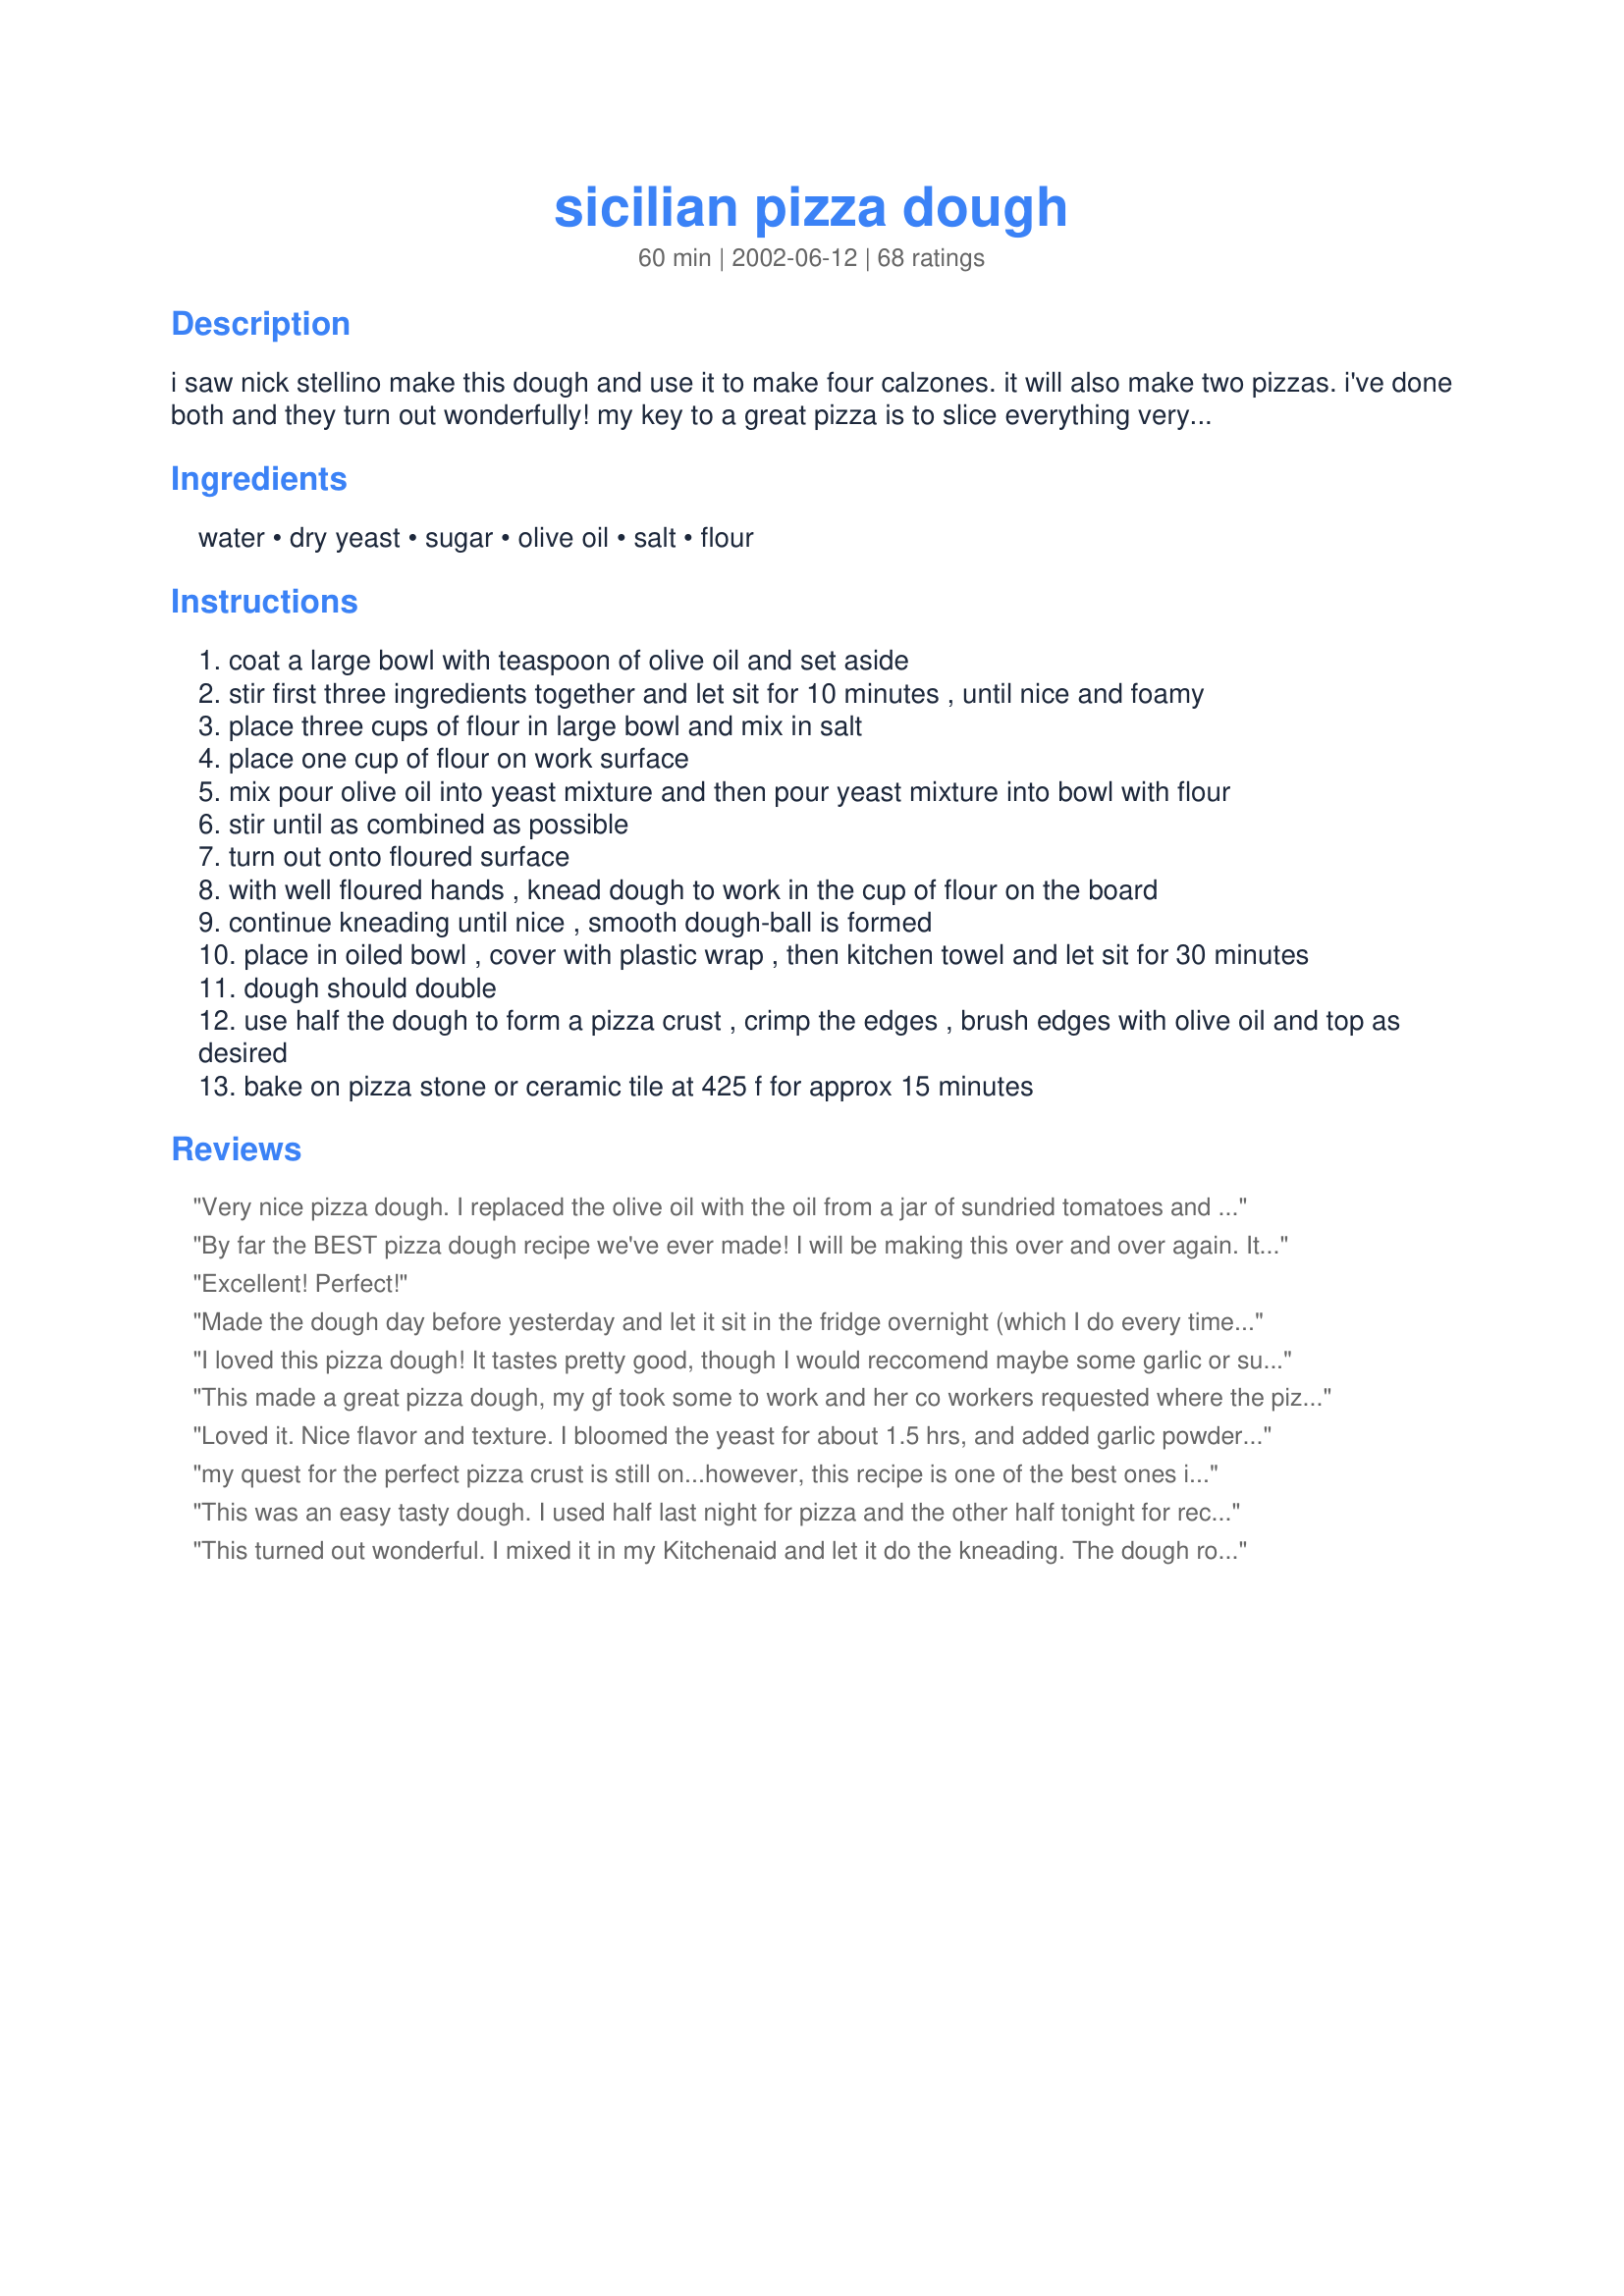
sicilian pizza dough
Preparation time: 60 minutes

i saw nick stellino make this dough and use it to make four calzones. it will also make two pizzas. i've done both and they turn out wonderfully! my key to a great pizza is to slice everything very thin and to not pile it on too thick. our usual pizza is feta, garlic, freshly grated parm, fresh spinach, toasted pine nuts, tomatoes, mushrooms, mozzarella, a drizzle of olive oil and salt and pepper. i highly recommend it!

Ingredients:
water, dry yeast, sugar, olive oil, salt, flour

Steps:
coat a large bowl with teaspoon of olive oil and set aside
stir first three ingredients together and let sit for 10 minutes , until nice and foamy
place three cups of flour in large bowl and mix in salt
place one cup of flour on work surface
mix pour olive oil into yeast mixture and then pour yeast mixture into bowl with flour
stir until as combined as possible
turn out onto floured surface
with well floured hands , knead dough to work in the cup of flour on the board
continue kneading until nice , smooth dough-ball is formed
place in oiled bowl , cover with plastic wrap , then kitchen towel and let sit for 30 minutes
dough should double
use half the dough to form a pizza crust , crimp the edges , brush edges with olive oil and top as desired
bake on pizza stone or ceramic tile at 425 f for approx 15 minutes

Reviews:
Very nice pizza dough. I replaced the olive oil with the oil from a jar of sundried tomatoes and used 1 1/3 cup rye flour in the 4 cups flour. Yje dough was still very light!
Bake times were spot on.
By far the BEST pizza dough recipe we've ever made! I will be making this over and over again. It's SOOOO much better and cheaper than ordering pizza. Thanks for the awesome recipe!
Excellent! Perfect!
Made the dough day before yesterday and let it sit in the fridge overnight (which I do every time I make dough). Made three pizzas...two on the stone and one in the pan...all turned out really good. This is my second favourite dough recipe. The first is my own creation :)
I loved this pizza dough! It tastes pretty good, though I would reccomend maybe some garlic or sugar for flavor.
This made a great pizza dough, my gf took some to work and her co workers requested where the pizza was purchased. Outstanding! :)
Loved it. Nice flavor and texture. I bloomed the yeast for about 1.5 hrs, and added garlic powder to the flour mixture. It was fantastic. Also, dusting parchment paper with corn meal, building the pizza and transferring to a preheated pizza stone gave a perfect crust. I doubt I will use any other recipe as this is exactly what I like my crust to be.
my quest for the perfect pizza crust is still on...however, this recipe is one of the best ones i've tried so far. I added a little bit of garlic powder in the crust which added more flavour. I found the crust turned out very spongy/airy. Thanks Lisa :)
This was an easy tasty dough. I used half last night for pizza and the other half tonight for recipe#179055. I think the dough tasted better today after it was able to sit overnight in the fridge.
This turned out wonderful. I mixed it in my Kitchenaid and let it do the kneading. The dough rose up so nice and then rolled out perfectly for me. We loved it. I will use this recipe again, as it was so easy and worked perfectly. Thank you for sharing your recipe with us.
Have made this twice and it will replace the dough recipe that I have been using for a few years. Has a great chewy texture and reheats very well, no sogginess to the crust. The only change I had was to preheat my oven to 500 deg. Then slid in onto the pizza stone, reduce heat to 475 deg. then bake for 10 min. Thank you for sharing this recipe.
I have been using this pizza dough recipe for many months and it always turns out perfect - very tender and crispy. After spreading dough out onto baking sheet, I brush it with a little olive oil and let it rise for about 15 minutes more. This makes for a light pizza dough. Also, I bake it at 450 degrees for approximately 10 minutes. Great recipe!
A phenomenal dough. I used 1/2 white whole wheat, 1/2 all-purpose flour and added some Italian seasoning to the give some flavor. I also used instant yeast. Perfect with some home-made pizza sauce!
Great and very tasty pizza dough. I have tried a few pizza dough recipes (usually opting for the ones done in the bread machine), but this one sounded good. Despite the little bit of work (i love bread but do not like working with sticky dough)it is relatively easy. A little hint: when fouring hands grease them before; i found that it helps. Anyway it is worth the extra work, especially that it has a short rising time, which works quite well. A keeper! My DH loved its crispiness throughout. Thanks for sharing.
I have made Sicilian style pizza in the past and have never been satisfied with the balance of dough to toppings. This recipe provided a delicious, light dough with the right thickness. I topped it with the Prince Street Pizza, spicy sauce recipe and assorted toppings. Everyone loved it! This will definitely be my go to Sicilian pizza recipe.
Good! Mixed in the Kitchen-Aid, used half white, half whole wheat flour. Had plenty of dough for my giant Doughmakers pizza pan plus 4 mini pizza pans. Prebaked the crust, then baked topped pizzas at 450. Thanks for sharing the recipe!
I used this to make calzones, and they were awesome! I made the dough in my kitchenaid, so I changed a couple steps accordingly - I mixed 3 cups of flour and salt in the mixer, then added the yeast/oil mixture to it and blended until smooth. I then added the additional cup of flour to the mixer gradually, allowing the mixer to knead it in. Set the mixer to knead with the dough hook for 10 minutes, then sprayed the bowl with oil, covered, and let rise. 
I precooked all of the filling ingredients - hot italian sausage, onions and peppers, mushrooms, etc. and let the family make their own. I cooked them at 425 for 30 minutes on my pizza stone, and they came out beautifully! The tops were very brown and crusty, they probably could have done well at 400, but we devoured these. 

Can't wait to use this recipe for pizza!
fabulous recipe i have made it at least 5 times!! i love it the best on the barbaque and with fresh tomatoe
Very good recipe. I've used it twice now, once for a deep dish pizza (pepperoni, mushrooms, and a few different cheeses), and then again for calzones, where everyone made their own with the ingredients. Both were great!
Tender crust, crispy on the bottom, a lovely dough that will be used over and over! What a great pizza it made!
Made this awhile ago and I've kept it bookmarked. Makes an absolutely wonderful pizza dough, very easy to make.

Variations include using whole-grain flour, and we also made one in which we added rosemary salt into the dough mixture. Came up beautiful! Especially for my gourmet-food-loving in laws!
delicious and fluffy. would make again!
True old-style Sicilian crust!!! Both my father and father-in-law are Italian and they were very impressed with the pizza crust! The texture and taste were wonderful! I followed your directions exactly and made one deep-dish crust. I really liked the fact that it only takes 30 minutes to rise! The crust recipe I normally use takes a lot longer than that! I can't wait to try this dough on calzones! This recipe will definitely be add to my box of favorites!
this dough is great, fluffyand soft on the inside and crunchy on the outside
It was amazing! The best homemade pizza dough I have ever had. But we did add some Italin Seasoning and Oregano to the dough. Also it was easy to make and that is always a pluse.
Excellent and simple. This crust should be the star of the pizza-not a lot of toppings are needed.
I regularly make this as our Friday nite treat, absolutly love it!! Also like to add dirkens onions to the dough and sometimes some greek seasonings to make this a little more interesting. Always find this better then going out, never disappointed on the crust.
So I made this tonight and it was by far the best homeade pizza crust I have ever had! I made my deep dish and also added italian seasonings to the dough with some garlic salt for alittle taste...this turned out delicious..and I also had a little dough left over to make 3 hotpockets! :) great recipe
This is an easy, excellent recipe. I've used it about a dozen times and every time it comes out perfect. I get instant smiles when the kids come home and see that it's PIZZA for supper. Thanks Lisa!
My family and I loved this dough! I took another reviewer's suggestion and let it "age" overnight in the fridge. The kids each rolled their own crust and made their own pizza, the dough was so great to work with. 
I had enough dough leftover for 2 mini pizzas and put it in the fridge for two days before using--it was even better than the first night! Thanks for sharing a great recipe Lisa.
This also makes a wonderful 'deep dish' pizza crust as pictured above. The recipe will make one deep dish crust.
Brush rimmed baking sheet with olive oil, place dough into pan and shape and dimple with finger tips.
Brush top with olive oil and pre-bake at 425 F for 7 minutes - then add toppings and bake for another 10-15 minutes.
Every Friday is pizza night at our house and I've bounced around to many, many crust recipes....not anymore! This is our absolute favorite and go to recipe! Love the thick crust!
It was easy to make and rose well. It just wasn't what I was looking for. I want a thin crust that doesn't rise much. I will try again to see if maybe I didn't roll it thin enough.
This ended up being only so-so for us. It is faster than my normal recipe, but we thought it was a little bland--Maybe some italian seasoning added to the dough would help? For taste and ease of preparationm I would give it 3 stars. (the dough was very sticky and hard to work with compared to other doughs)However, since it was so quick to rise, and I think it could be better with some more flavor to the dough, I'm giving it four stars. It has potential, but I think we will only use it when really short on time.
I tried it and this was great!! I halfed the recipe and did one deep dish pie crust in my 9 inch round cake pan. It was highly enjoyable. Thanks for sharing.
I have made this recipe three times now & has turned out great every time. It's easy to throw together, I let it rise in the microwave with the light underneath on, this gives just enough heat to help the dough rise beautifully. This is the first pizza dough that has consistently given me good results. Thanks for posting.
This was by far the best homemade pizza dough I've ever baked! I used garlic flavored olive oil and added 1 Tbls of italian seasoning. I also substituted 1 cup of white-wheat flour, so I only used about 3 1/2 cups flour total. This was not sticky for me at all. Thanks for posting!
I love pizza, I love this pizza. Soo easy, my husband made this. He is learning to cook, and enjoys it, he decided he could make this without my help and man did he do gooood! Thank you for this
Beautiful. I'm lazy and I use instant yeast, so I didn't really proof it before I added it into the flour. I just weighed out 16 ounces of flour and dumped in the yeast and salt. Mixed this with the stand mixer then added the oil and water. After it was mixed, I changed to the dough hook and let it run for a few minutes, adding flour until it pulled away from the sides of the bowl. Put the dough into an oiled bowl and let it rise for 30 minutes. Light, crispy, perfect! I used it for your deep dish recipe and it was great. Thanks for sharing this, we'll be using it often.
This wasn't as outstanding as I was expecting. I added A LOT of seasoning to the crust to give it some flavour & i still found it to be very bland. (added oregano, fresh garlic minced, pizza seasoning) I will go back to my old stand-by. I will say it does make a BIG batch of pizza dough. thanks anyways.
Mmm!! I liberally greased a 9 x 13 pan with olive oil to really make it like Sicilian pizza and this is a keeper! The only things I did different was that when I measured out 4 cups flour, I put 1/8 whole wheat flour into my 2-cup measure each time before putting the white flour on, and was lazy and just did a 2-lb dough cycle in my bread machine. Perfection, definitely making again.
Yes, this is an awesome (and easy!) recipe for pizza crust! We made "stuffed crust" and brushed it witha garlic, olive oil, butter mixture. Very versatile, makes great calzones, too!
Great dough! I doubled the recipe and we had make your own pizza night. Everyone loved the crust and can hardly wait to eat the leftovers for lunch tomorrow!
This dough is so easy to work with and tastes absolutely delicious. Definitly a keeper.
Wonderful crust...I made a pizza and bread sticks...both were delicious..Thank you for sharing Lisa
Super. I had some sicilian pizza at my husbands fav. place to eat Italian food. So I just had to come up with somethin close because I loved it. I used this crust and it was tasted almost 100% the same for way less the price there :) I make one extra large pizza so my cook time was about 15 min more. I used as toppings mozzerella,Artichoke hearts, romane tomatoes, black oilves, pine nuts, and fresh torn pieces of basil. -Oh my goodness Yummy! My kids and husband went nuts and I was thrilled to get them to eat eggplant and other healthy veggies. Thank you for posting this delightful recipe ! A keeper for me and something I will make often as I am addicted too :)
This has been my base pizza crust for years. I usually add 3 tbs of grated parmesan cheese and 1/2 to 1 tsp of Italian seasoning My family really loves pizza with this crust and find take out pizza dissapointing!
This was a good dough but was a little bland on its own. Next time I will add some italian seasoning, extra salt, and parmesan to the dough. We loved the texture of the dough. I did one on a pizza pan and the other on a 13x9 cookie sheet. The one on the cookie sheet was the best...crispy on the bottom but chewy on top. YUMMY!!!
This is a great, great recipe. I used this recipe for my first pizza at home and it turn great. If you haven't tried it yet, dont look any further.

This is a WINNER!!!!
This is a great recipe for some tasty pizza crust.We live in a rural area of Upstate NY where good pizza is over an hour drive away. My husband and I enjoyed this recipe a whole lot.I make my own pizza sauce and top it with caramelized onions cooked with a little white wine and lots of mozzarella. The crust itself is so good that we keep the toppings to a minimum.<br/>Thanks Lisa!
Perfect
This dough was very easy to work with and rose beautifully. It held together well too. The only thing I might change next time, is to add just a little more sugar. It's just my preference. I like a thick crust to be just a little sweet.
Thanks!
This is an absolutely amazing pizza dough. I added a little garlic and a little extra salt. I live in a family of pizza fanatics. They LOVED it!!! A high compliment from people who lived in Italy for three years!
Another thing that really helps make the crust more tender. Is make the dough in advance, a day or two, store in the refridge, punch down when needed. It really give the flour time to blend and meld into all the other ingredients. I got this tip from a Pizza professional, known for his great pizzas!
Very good pizza dough! I've been using another recipe for years, but tonight I gave this one a try. I won't be using the old recipe again. Very easy to make and handle! This is a winner! Thanks, Lisa.
ummm...sounds awesome, looks like tonight is make your own pizza night at my house thanks for the great recipe :)
A lovely pizza dough! Rose beautifully and handled wonderfully - baked up perfectly. I made two thin crust pizzas, but will definitely try when I want to make a deep-dish pizza. Thanks for posting!
Whoa! This is now my new favorite pizza crust recipe! I love the taste and texture and it has the perfect amount of chewiness. Next time I'm making a double batch!
This makes two nice sized pizzas, about a medium size thin crust. The texture was great, crisp but with a little chew. I built up the edges just a little and brushed them with olive oil then sprinkles Johnny's Garlic Seasoning and Spread over the olive oil. We topped the pizzas with pizza sauce from a jar, shredded mozzarella and cheddar and some pepperoni and baked on perforated pizza sheets for 10 to 12 minutes at 425 degrees. IF I had used all the dough for one pizza I could have gotten one large or extra large pizza with a hand tossed type crust, a little thicker. And I would have to cook it a bit longer most likely about 15 to 20 minutes.
This was so easy and so great!! The photo had me drooling and the reviews won me over - I had to give this a try and am so glad I did. I made two smaller pizzas and it came out exactly like it was supposed to - flavorful, crips exterior, soft interior - no mushy spots. I found the directions to be very clear and helpful - my young daughter wanted to help and the directions made it easier for a beginner cook to follow along. Thanks for this great recipe!
Seriously amazing dough. I made this to imitate a Sicilian pizza we had in New York. I think my husband is spoiled now and I'll be making pizza a lot more. I topped it with a simple tomato sauce (tomato sauce, olive oil, Aleppo pepper flakes, basil, oregano, garlic powder), thinly sliced fresh sweet tomatoes, caramelized onions with a little fresh garlic thrown in and topped with fresh grated Parmesan Reggiano cheese, baked it at 500 degrees for 12 minutes. <br/><br/>My only comment was that the recipe doesn't state what to do with the other half of the dough. In my experience, if you make a dough and refrigerate it, you should refrigerate it before letting it rise though I think this dough could take a second rising. I refrigerated mine after the 30 minute rising so will see how it does when I bake it.
This recipe makes an extraordinarily good crust, unlike ANY of the commercial ones I have ever tasted. It was fresh and flavourful. For the first time ever I saw the crust as a positive contributing factor to the ultimate taste of a pizza rather than just something to support all my favourite toppings. It begs the question, why haven&#8217;t I done this before? I think my perception was that it would be time-consuming and difficult may be the ultimate answer. It was neither. While the dough did it&#8217;s rising thing, I merrily sliced and diced my favourite fixings. When it came to assembly I was pleasantly surprised to find that I didn&#8217;t have to send the dough artfully spinning off into space to achieve a successful crust. It was great fun, thank you Lisa. 
(prepared for the COOKOUT Cookathon July 1st &#8211; July 4th 2002
I like big, fluffy pizza dough. DH likes thin crispy dough. THIS is the first recipe that allows me to make ONE crust for both of us. It's kinda like a deep-dish crispy pizza dough, I love it! Thank you for making pizza night at my house MUCH simpler!
March 09 update: This is the best dough recipe! I've made a few adaptations in various circumstances as well: In a pinch, I've skipped the first rise and simply shaped my dough after kneading - the result was fantastic! I've also subbed with 1/4 soy flour and actually think it made for a better result (a little extra crunch on the outside while keeping it soft on the inside) and finally, I've made this in the bread machine with terrific results. An amazing dough recipe!!!!
Used this to make Stromboli. I only ended up using about 3 2/3 cups flour but only because I got tired of kneading! It still turned out great. It baked up pretty crispy but only because I rolled it so thin. Thanks for a great recipe.
The best pizza crust I have ever made. Super easy and very flavorful.
This was very good, but not quite what I was hoping after reading the rave reviews. Hanging onto it, though - it was a nice dough. I think there's a lot of extra steps in the instructions - after working w/ dough for years, you learn how you can shortcut. I started w/ yeast & water, waited a minute or two (the purpose here is to make sure the yeast is active), then just added flour & salt (& olive oil) into that & kneaded well, then let it rise till doubled. Thanks for sharing!
I made this with my Kitchen aid mixer and it turned out beautifully. After proofing the yeast I put it into the mixing bowl and added the oil. I gradually added the flour until it was incorporated. I let the machine knead this for about 5 minutes. I doubled the recipe and it took about 1 hour to rise. My family like a thick crust so I only made 2 pizzas with a double batch. Thanks for such a great recipe.
WOW, WOW, WOW!!! This was perfect!!! Love this recipe.
